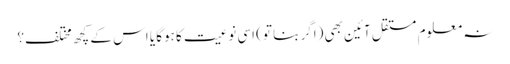
نہ معلوم مستقل آئین بھی (اگر بنا تو) اسی نوعیت کا ہوگا یا اس کے کچھ مختلف؟